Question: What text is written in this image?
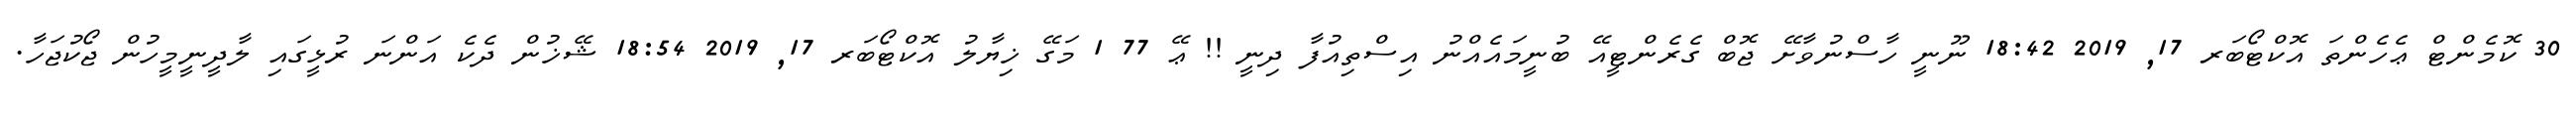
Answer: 30 ކޮމެންޓް ޢެހެންތަ އޮކްޓޯބަރ 17, 2019 18:42 ނޫނީ ހާސްނުވާށޭ ޖޮބް ގެރެންޓީއޭ ބުނީމައެއްނު އިސްތިއުފާ ދިނީ !! ޢޭ 77 1 މަގޭ ޚިޔާލު އޮކްޓޯބަރ 17, 2019 18:54 ޝޭޚުން ދެކެ އަންނަ ރުޅީގައި ލާދީނީމީހުން ޖޯކުޖަހާ.